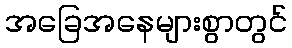
အခြေအနေများစွာတွင်